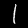
Digit: 1